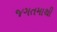
જગતમાથી